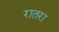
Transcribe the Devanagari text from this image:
रातरा